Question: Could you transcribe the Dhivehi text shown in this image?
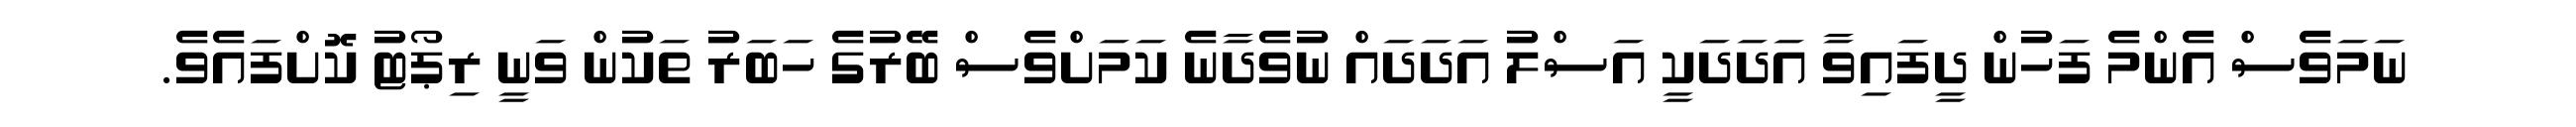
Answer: ނަމަވެސް އެންމެ ފަހުން ދީފައިވާ އަދަދަކީ އަސްލު އަދަދައް ނުވެދާނެ ކަމަށްވެސް ބޭރުގެ ހަބަރު ތަކުން ވަނީ ރިޕޯޓު ކޮށްފައެވެ.